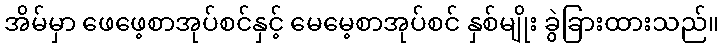
အိမ်မှာ ဖေဖေ့စာအုပ်စင်နှင့် မေမေ့စာအုပ်စင် နှစ်မျိုး ခွဲခြားထားသည်။